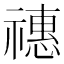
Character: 𥛸